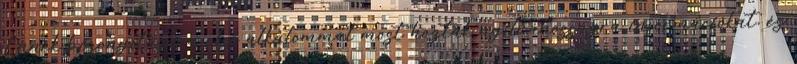
Ennek bizonyítására első alkalommal most hoztak nyilvánosságra információkat, és